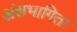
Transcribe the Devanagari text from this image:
अंशभागिता